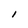
Character: I